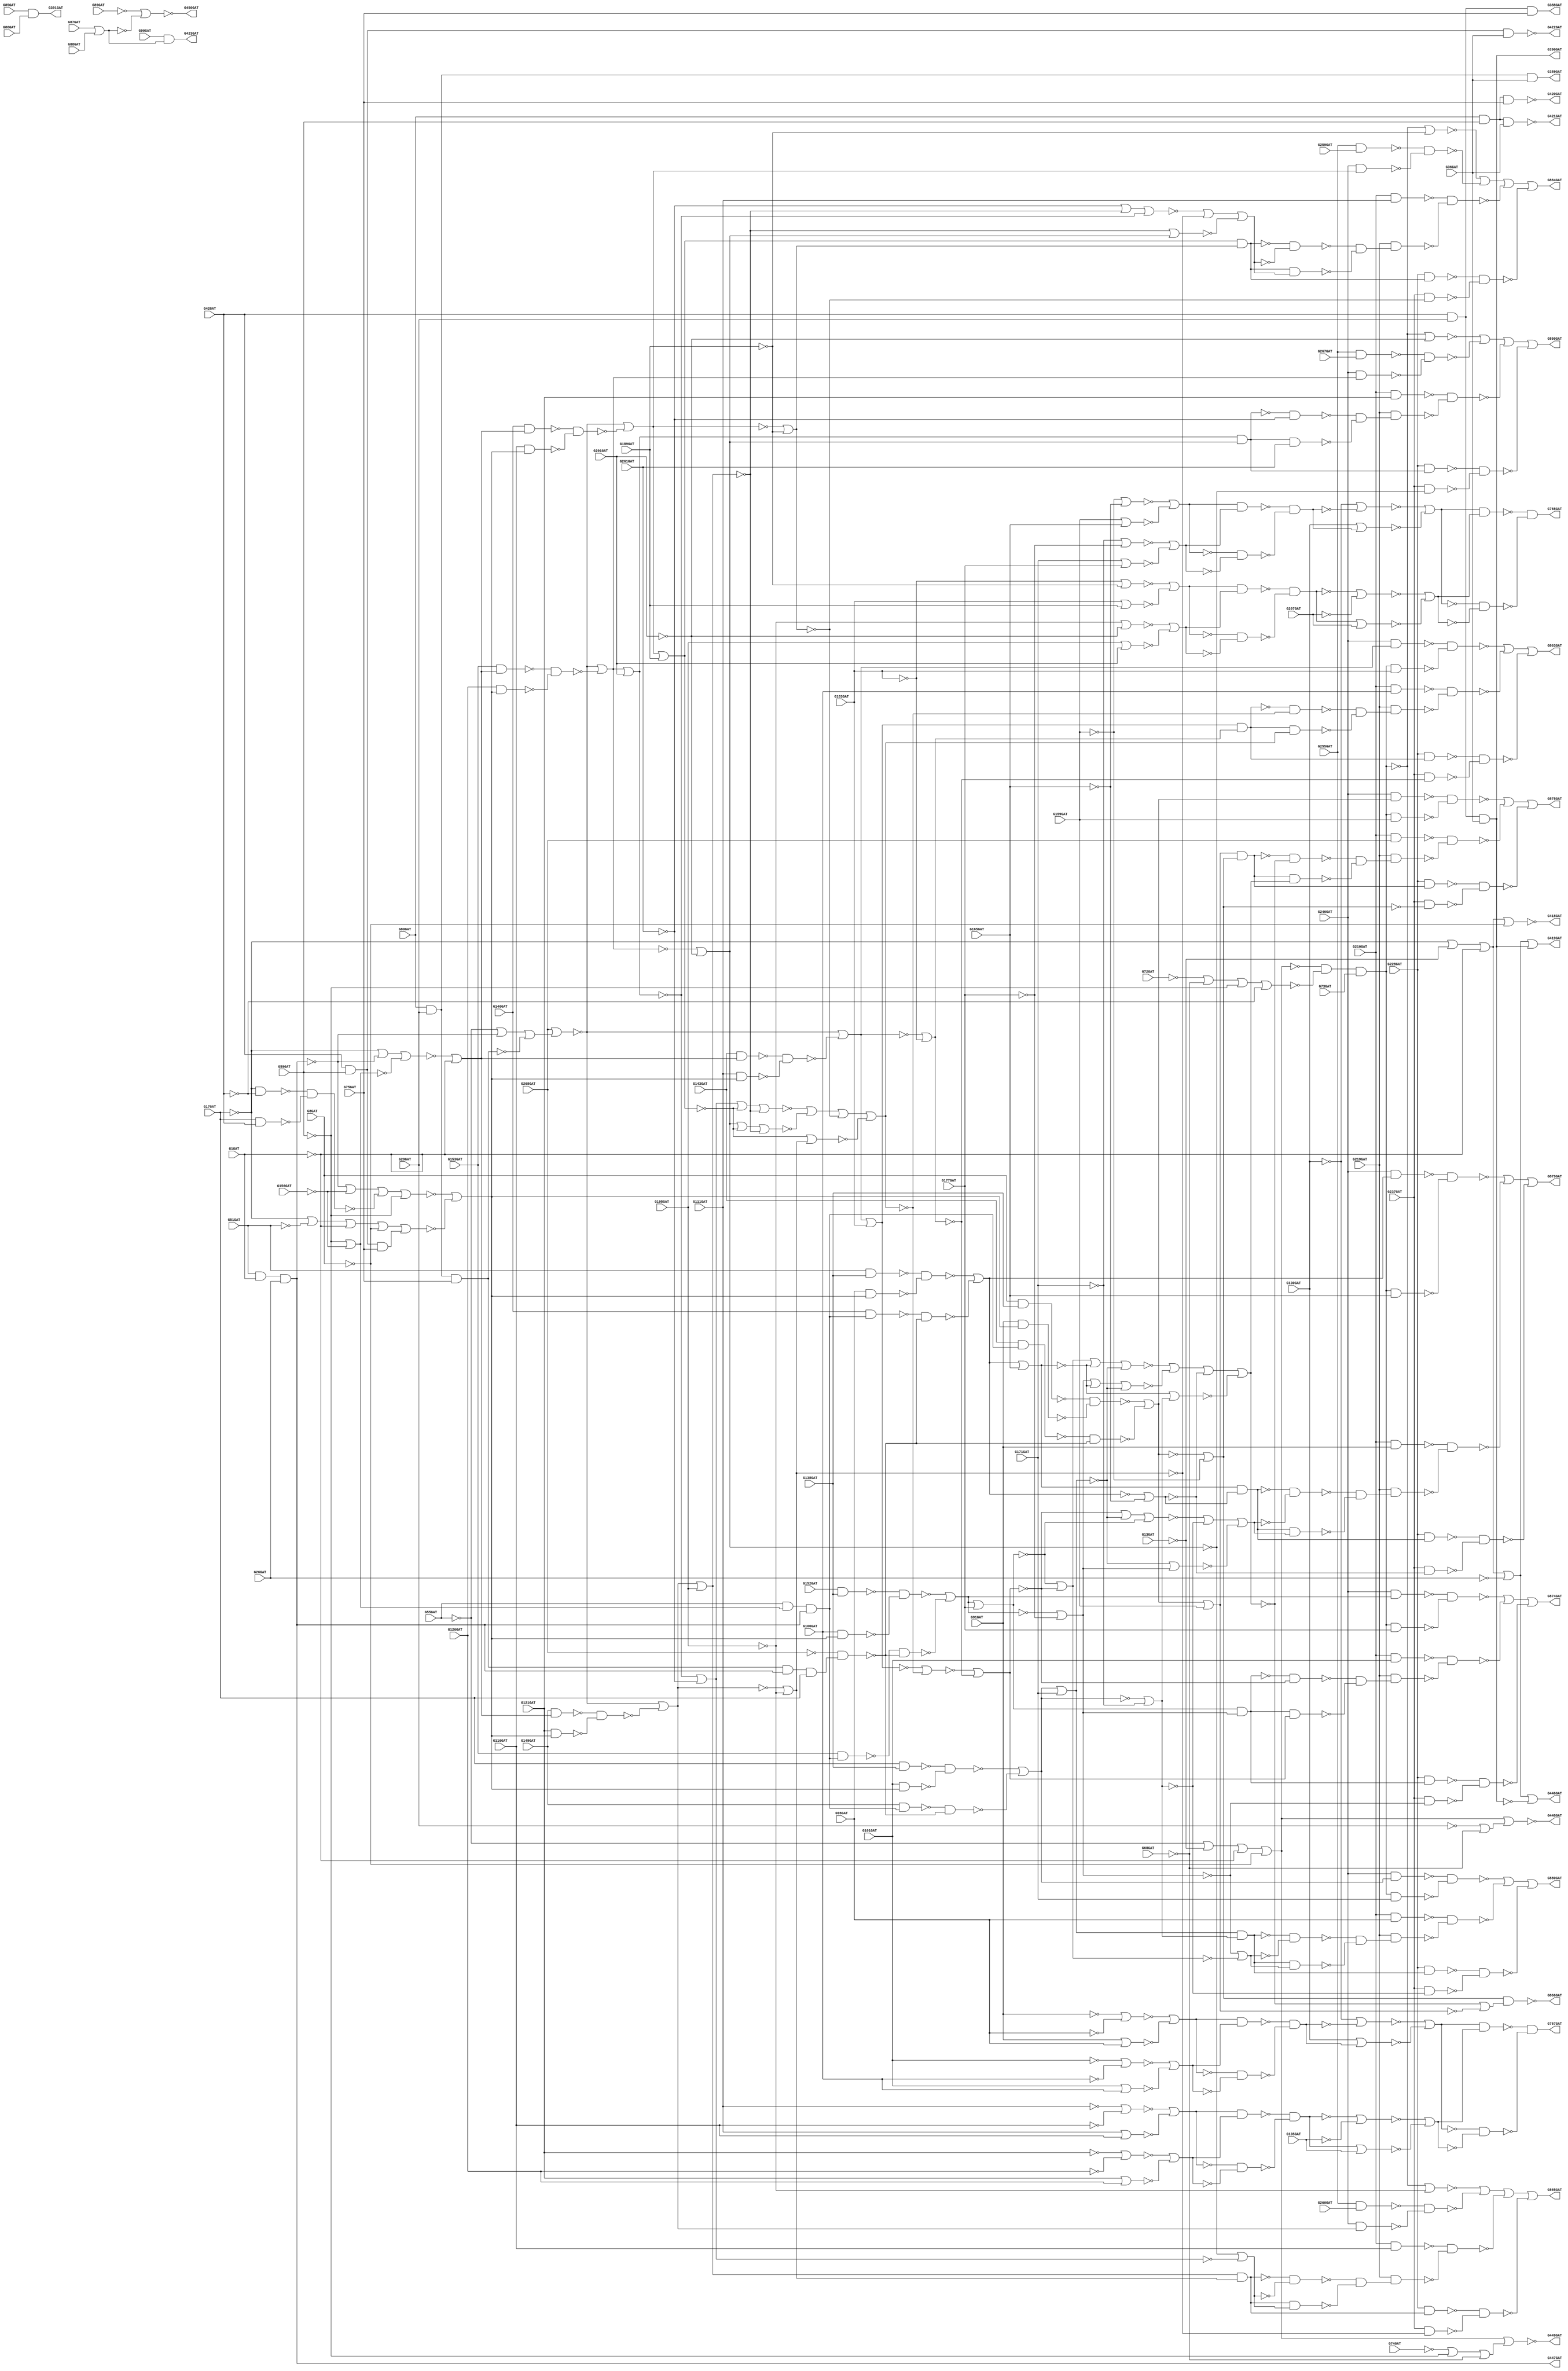
// Benchmark "c880" written by ABC on Thu Mar  5 01:08:09 2020

module c880 ( 
    G1GAT, G8GAT, G13GAT, G17GAT, G26GAT, G29GAT, G36GAT, G42GAT, G51GAT,
    G55GAT, G59GAT, G68GAT, G72GAT, G73GAT, G74GAT, G75GAT, G80GAT, G85GAT,
    G86GAT, G87GAT, G88GAT, G89GAT, G90GAT, G91GAT, G96GAT, G101GAT,
    G106GAT, G111GAT, G116GAT, G121GAT, G126GAT, G130GAT, G135GAT, G138GAT,
    G143GAT, G146GAT, G149GAT, G152GAT, G153GAT, G156GAT, G159GAT, G165GAT,
    G171GAT, G177GAT, G183GAT, G189GAT, G195GAT, G201GAT, G207GAT, G210GAT,
    G219GAT, G228GAT, G237GAT, G246GAT, G255GAT, G259GAT, G260GAT, G261GAT,
    G267GAT, G268GAT,
    G388GAT, G389GAT, G390GAT, G391GAT, G418GAT, G419GAT, G420GAT, G421GAT,
    G422GAT, G423GAT, G446GAT, G447GAT, G448GAT, G449GAT, G450GAT, G767GAT,
    G768GAT, G850GAT, G863GAT, G864GAT, G865GAT, G866GAT, G874GAT, G878GAT,
    G879GAT, G880GAT  );
  input  G1GAT, G8GAT, G13GAT, G17GAT, G26GAT, G29GAT, G36GAT, G42GAT,
    G51GAT, G55GAT, G59GAT, G68GAT, G72GAT, G73GAT, G74GAT, G75GAT, G80GAT,
    G85GAT, G86GAT, G87GAT, G88GAT, G89GAT, G90GAT, G91GAT, G96GAT,
    G101GAT, G106GAT, G111GAT, G116GAT, G121GAT, G126GAT, G130GAT, G135GAT,
    G138GAT, G143GAT, G146GAT, G149GAT, G152GAT, G153GAT, G156GAT, G159GAT,
    G165GAT, G171GAT, G177GAT, G183GAT, G189GAT, G195GAT, G201GAT, G207GAT,
    G210GAT, G219GAT, G228GAT, G237GAT, G246GAT, G255GAT, G259GAT, G260GAT,
    G261GAT, G267GAT, G268GAT;
  output G388GAT, G389GAT, G390GAT, G391GAT, G418GAT, G419GAT, G420GAT,
    G421GAT, G422GAT, G423GAT, G446GAT, G447GAT, G448GAT, G449GAT, G450GAT,
    G767GAT, G768GAT, G850GAT, G863GAT, G864GAT, G865GAT, G866GAT, G874GAT,
    G878GAT, G879GAT, G880GAT;
  wire G269GAT, G270GAT, G273GAT, G276GAT, G279GAT, G280GAT, G284GAT,
    G285GAT, G286GAT, G287GAT, G290GAT, G291GAT, G292GAT, G293GAT, G294GAT,
    G295GAT, G296GAT, G297GAT, G298GAT, G301GAT, G302GAT, G303GAT, G304GAT,
    G305GAT, G306GAT, G307GAT, G308GAT, G309GAT, G310GAT, G316GAT, G317GAT,
    G318GAT, G319GAT, G322GAT, G323GAT, G324GAT, G325GAT, G326GAT, G327GAT,
    G328GAT, G329GAT, G330GAT, G331GAT, G332GAT, G333GAT, G334GAT, G335GAT,
    G336GAT, G337GAT, G338GAT, G339GAT, G340GAT, G341GAT, G342GAT, G343GAT,
    G344GAT, G345GAT, G346GAT, G347GAT, G348GAT, G349GAT, G350GAT, G351GAT,
    G352GAT, G353GAT, G354GAT, G355GAT, G356GAT, G357GAT, G360GAT, G363GAT,
    G366GAT, G369GAT, G375GAT, G376GAT, G379GAT, G382GAT, G385GAT, G392GAT,
    G393GAT, G399GAT, G400GAT, G401GAT, G402GAT, G403GAT, G404GAT, G405GAT,
    G406GAT, G407GAT, G408GAT, G409GAT, G410GAT, G411GAT, G412GAT, G413GAT,
    G414GAT, G415GAT, G416GAT, G417GAT, G424GAT, G425GAT, G426GAT, G427GAT,
    G432GAT, G437GAT, G442GAT, G443GAT, G444GAT, G445GAT, G451GAT, G460GAT,
    G463GAT, G466GAT, G475GAT, G476GAT, G477GAT, G478GAT, G479GAT, G480GAT,
    G481GAT, G482GAT, G483GAT, G488GAT, G489GAT, G490GAT, G491GAT, G492GAT,
    G495GAT, G498GAT, G499GAT, G500GAT, G501GAT, G502GAT, G503GAT, G504GAT,
    G505GAT, G506GAT, G507GAT, G508GAT, G509GAT, G510GAT, G511GAT, G512GAT,
    G513GAT, G514GAT, G515GAT, G516GAT, G517GAT, G518GAT, G519GAT, G520GAT,
    G521GAT, G522GAT, G523GAT, G524GAT, G525GAT, G526GAT, G527GAT, G528GAT,
    G529GAT, G530GAT, G533GAT, G536GAT, G537GAT, G538GAT, G539GAT, G540GAT,
    G541GAT, G542GAT, G543GAT, G544GAT, G547GAT, G550GAT, G551GAT, G552GAT,
    G553GAT, G557GAT, G561GAT, G565GAT, G569GAT, G573GAT, G577GAT, G581GAT,
    G585GAT, G586GAT, G587GAT, G588GAT, G589GAT, G590GAT, G593GAT, G596GAT,
    G597GAT, G600GAT, G605GAT, G606GAT, G609GAT, G615GAT, G616GAT, G619GAT,
    G624GAT, G625GAT, G628GAT, G631GAT, G632GAT, G635GAT, G640GAT, G641GAT,
    G644GAT, G650GAT, G651GAT, G654GAT, G659GAT, G660GAT, G661GAT, G662GAT,
    G665GAT, G669GAT, G670GAT, G673GAT, G677GAT, G678GAT, G682GAT, G686GAT,
    G687GAT, G692GAT, G696GAT, G697GAT, G700GAT, G704GAT, G705GAT, G708GAT,
    G712GAT, G713GAT, G717GAT, G721GAT, G722GAT, G727GAT, G731GAT, G732GAT,
    G733GAT, G734GAT, G735GAT, G736GAT, G737GAT, G738GAT, G739GAT, G740GAT,
    G741GAT, G742GAT, G743GAT, G744GAT, G745GAT, G746GAT, G747GAT, G748GAT,
    G749GAT, G750GAT, G751GAT, G752GAT, G753GAT, G754GAT, G755GAT, G756GAT,
    G757GAT, G758GAT, G759GAT, G760GAT, G761GAT, G762GAT, G763GAT, G764GAT,
    G765GAT, G766GAT, G769GAT, G770GAT, G771GAT, G772GAT, G773GAT, G777GAT,
    G778GAT, G781GAT, G782GAT, G785GAT, G786GAT, G787GAT, G788GAT, G789GAT,
    G790GAT, G791GAT, G792GAT, G793GAT, G794GAT, G795GAT, G796GAT, G802GAT,
    G803GAT, G804GAT, G805GAT, G806GAT, G807GAT, G808GAT, G809GAT, G810GAT,
    G811GAT, G812GAT, G813GAT, G814GAT, G815GAT, G819GAT, G822GAT, G825GAT,
    G826GAT, G827GAT, G828GAT, G829GAT, G830GAT, G831GAT, G832GAT, G833GAT,
    G834GAT, G835GAT, G836GAT, G837GAT, G838GAT, G839GAT, G840GAT, G841GAT,
    G842GAT, G843GAT, G844GAT, G845GAT, G846GAT, G847GAT, G848GAT, G849GAT,
    G851GAT, G852GAT, G853GAT, G854GAT, G855GAT, G856GAT, G857GAT, G858GAT,
    G859GAT, G860GAT, G861GAT, G862GAT, G867GAT, G868GAT, G869GAT, G870GAT,
    G871GAT, G872GAT, G873GAT, G875GAT, G876GAT, G877GAT;
  assign G269GAT = ~G17GAT | ~G13GAT | ~G1GAT | ~G8GAT;
  assign G270GAT = ~G17GAT | ~G13GAT | ~G1GAT | ~G26GAT;
  assign G273GAT = G42GAT & G29GAT & G36GAT;
  assign G276GAT = G51GAT & G1GAT & G26GAT;
  assign G279GAT = ~G17GAT | ~G51GAT | ~G1GAT | ~G8GAT;
  assign G280GAT = ~G55GAT | ~G13GAT | ~G1GAT | ~G8GAT;
  assign G284GAT = ~G72GAT | ~G68GAT | ~G59GAT | ~G42GAT;
  assign G285GAT = ~G29GAT | ~G68GAT;
  assign G286GAT = ~G74GAT | ~G59GAT | ~G68GAT;
  assign G287GAT = G80GAT & G29GAT & G75GAT;
  assign G290GAT = G42GAT & G29GAT & G75GAT;
  assign G291GAT = G80GAT & G29GAT & G36GAT;
  assign G292GAT = G42GAT & G29GAT & G36GAT;
  assign G293GAT = G80GAT & G59GAT & G75GAT;
  assign G294GAT = G42GAT & G59GAT & G75GAT;
  assign G295GAT = G80GAT & G59GAT & G36GAT;
  assign G296GAT = G42GAT & G59GAT & G36GAT;
  assign G297GAT = G85GAT & G86GAT;
  assign G298GAT = G87GAT | G88GAT;
  assign G301GAT = ~G91GAT | ~G96GAT;
  assign G302GAT = G91GAT | G96GAT;
  assign G303GAT = ~G101GAT | ~G106GAT;
  assign G304GAT = G101GAT | G106GAT;
  assign G305GAT = ~G111GAT | ~G116GAT;
  assign G306GAT = G111GAT | G116GAT;
  assign G307GAT = ~G121GAT | ~G126GAT;
  assign G308GAT = G121GAT | G126GAT;
  assign G309GAT = G8GAT & G138GAT;
  assign G310GAT = ~G268GAT;
  assign G316GAT = G51GAT & G138GAT;
  assign G317GAT = G17GAT & G138GAT;
  assign G318GAT = G152GAT & G138GAT;
  assign G319GAT = ~G59GAT | ~G156GAT;
  assign G322GAT = ~G17GAT & ~G42GAT;
  assign G323GAT = G17GAT & G42GAT;
  assign G324GAT = ~G159GAT | ~G165GAT;
  assign G325GAT = G159GAT | G165GAT;
  assign G326GAT = ~G171GAT | ~G177GAT;
  assign G327GAT = G171GAT | G177GAT;
  assign G328GAT = ~G183GAT | ~G189GAT;
  assign G329GAT = G183GAT | G189GAT;
  assign G330GAT = ~G195GAT | ~G201GAT;
  assign G331GAT = G195GAT | G201GAT;
  assign G332GAT = G210GAT & G91GAT;
  assign G333GAT = G210GAT & G96GAT;
  assign G334GAT = G210GAT & G101GAT;
  assign G335GAT = G210GAT & G106GAT;
  assign G336GAT = G210GAT & G111GAT;
  assign G337GAT = G255GAT & G259GAT;
  assign G338GAT = G210GAT & G116GAT;
  assign G339GAT = G255GAT & G260GAT;
  assign G340GAT = G210GAT & G121GAT;
  assign G341GAT = G255GAT & G267GAT;
  assign G342GAT = ~G269GAT;
  assign G343GAT = ~G273GAT;
  assign G344GAT = G270GAT | G273GAT;
  assign G345GAT = ~G276GAT;
  assign G346GAT = ~G276GAT;
  assign G347GAT = ~G279GAT;
  assign G348GAT = ~G280GAT & ~G284GAT;
  assign G349GAT = G280GAT | G285GAT;
  assign G350GAT = G280GAT | G286GAT;
  assign G351GAT = ~G293GAT;
  assign G352GAT = ~G294GAT;
  assign G353GAT = ~G295GAT;
  assign G354GAT = ~G296GAT;
  assign G355GAT = ~G89GAT | ~G298GAT;
  assign G356GAT = G90GAT & G298GAT;
  assign G357GAT = ~G301GAT | ~G302GAT;
  assign G360GAT = ~G303GAT | ~G304GAT;
  assign G363GAT = ~G305GAT | ~G306GAT;
  assign G366GAT = ~G307GAT | ~G308GAT;
  assign G369GAT = ~G310GAT;
  assign G375GAT = ~G322GAT & ~G323GAT;
  assign G376GAT = ~G324GAT | ~G325GAT;
  assign G379GAT = ~G326GAT | ~G327GAT;
  assign G382GAT = ~G328GAT | ~G329GAT;
  assign G385GAT = ~G330GAT | ~G331GAT;
  assign G388GAT = G290GAT;
  assign G389GAT = G291GAT;
  assign G390GAT = G292GAT;
  assign G391GAT = G297GAT;
  assign G392GAT = G270GAT | G343GAT;
  assign G393GAT = ~G345GAT;
  assign G399GAT = ~G346GAT;
  assign G400GAT = G348GAT & G73GAT;
  assign G401GAT = ~G349GAT;
  assign G402GAT = ~G350GAT;
  assign G403GAT = ~G355GAT;
  assign G404GAT = ~G357GAT;
  assign G405GAT = ~G360GAT;
  assign G406GAT = G357GAT & G360GAT;
  assign G407GAT = ~G363GAT;
  assign G408GAT = ~G366GAT;
  assign G409GAT = G363GAT & G366GAT;
  assign G410GAT = ~G347GAT | ~G352GAT;
  assign G411GAT = ~G376GAT;
  assign G412GAT = ~G379GAT;
  assign G413GAT = G376GAT & G379GAT;
  assign G414GAT = ~G382GAT;
  assign G415GAT = ~G385GAT;
  assign G416GAT = G382GAT & G385GAT;
  assign G417GAT = G210GAT & G369GAT;
  assign G418GAT = G342GAT;
  assign G419GAT = G344GAT;
  assign G420GAT = G351GAT;
  assign G421GAT = G353GAT;
  assign G422GAT = G354GAT;
  assign G423GAT = G356GAT;
  assign G424GAT = ~G400GAT;
  assign G425GAT = G404GAT & G405GAT;
  assign G426GAT = G407GAT & G408GAT;
  assign G427GAT = G55GAT & G319GAT & G393GAT;
  assign G432GAT = G287GAT & G393GAT & G17GAT;
  assign G437GAT = ~G55GAT | ~G393GAT | ~G287GAT;
  assign G442GAT = ~G393GAT | ~G156GAT | ~G375GAT | ~G59GAT;
  assign G443GAT = ~G17GAT | ~G393GAT | ~G319GAT;
  assign G444GAT = G411GAT & G412GAT;
  assign G445GAT = G414GAT & G415GAT;
  assign G446GAT = G392GAT;
  assign G447GAT = G399GAT;
  assign G448GAT = G401GAT;
  assign G449GAT = G402GAT;
  assign G450GAT = G403GAT;
  assign G451GAT = ~G424GAT;
  assign G460GAT = ~G406GAT & ~G425GAT;
  assign G463GAT = ~G409GAT & ~G426GAT;
  assign G466GAT = ~G442GAT | ~G410GAT;
  assign G475GAT = G143GAT & G427GAT;
  assign G476GAT = G310GAT & G432GAT;
  assign G477GAT = G146GAT & G427GAT;
  assign G478GAT = G310GAT & G432GAT;
  assign G479GAT = G149GAT & G427GAT;
  assign G480GAT = G310GAT & G432GAT;
  assign G481GAT = G153GAT & G427GAT;
  assign G482GAT = G310GAT & G432GAT;
  assign G483GAT = ~G443GAT | ~G1GAT;
  assign G488GAT = G369GAT | G437GAT;
  assign G489GAT = G369GAT | G437GAT;
  assign G490GAT = G369GAT | G437GAT;
  assign G491GAT = G369GAT | G437GAT;
  assign G492GAT = ~G413GAT & ~G444GAT;
  assign G495GAT = ~G416GAT & ~G445GAT;
  assign G498GAT = ~G130GAT | ~G460GAT;
  assign G499GAT = G130GAT | G460GAT;
  assign G500GAT = ~G463GAT | ~G135GAT;
  assign G501GAT = G463GAT | G135GAT;
  assign G502GAT = G91GAT & G466GAT;
  assign G503GAT = ~G475GAT & ~G476GAT;
  assign G504GAT = G96GAT & G466GAT;
  assign G505GAT = ~G477GAT & ~G478GAT;
  assign G506GAT = G101GAT & G466GAT;
  assign G507GAT = ~G479GAT & ~G480GAT;
  assign G508GAT = G106GAT & G466GAT;
  assign G509GAT = ~G481GAT & ~G482GAT;
  assign G510GAT = G143GAT & G483GAT;
  assign G511GAT = G111GAT & G466GAT;
  assign G512GAT = G146GAT & G483GAT;
  assign G513GAT = G116GAT & G466GAT;
  assign G514GAT = G149GAT & G483GAT;
  assign G515GAT = G121GAT & G466GAT;
  assign G516GAT = G153GAT & G483GAT;
  assign G517GAT = G126GAT & G466GAT;
  assign G518GAT = ~G130GAT | ~G492GAT;
  assign G519GAT = G130GAT | G492GAT;
  assign G520GAT = ~G495GAT | ~G207GAT;
  assign G521GAT = G495GAT | G207GAT;
  assign G522GAT = G451GAT & G159GAT;
  assign G523GAT = G451GAT & G165GAT;
  assign G524GAT = G451GAT & G171GAT;
  assign G525GAT = G451GAT & G177GAT;
  assign G526GAT = G451GAT & G183GAT;
  assign G527GAT = ~G451GAT | ~G189GAT;
  assign G528GAT = ~G451GAT | ~G195GAT;
  assign G529GAT = ~G451GAT | ~G201GAT;
  assign G530GAT = ~G498GAT | ~G499GAT;
  assign G533GAT = ~G500GAT | ~G501GAT;
  assign G536GAT = ~G309GAT & ~G502GAT;
  assign G537GAT = ~G316GAT & ~G504GAT;
  assign G538GAT = ~G317GAT & ~G506GAT;
  assign G539GAT = ~G318GAT & ~G508GAT;
  assign G540GAT = ~G510GAT & ~G511GAT;
  assign G541GAT = ~G512GAT & ~G513GAT;
  assign G542GAT = ~G514GAT & ~G515GAT;
  assign G543GAT = ~G516GAT & ~G517GAT;
  assign G544GAT = ~G518GAT | ~G519GAT;
  assign G547GAT = ~G520GAT | ~G521GAT;
  assign G550GAT = ~G530GAT;
  assign G551GAT = ~G533GAT;
  assign G552GAT = G530GAT & G533GAT;
  assign G553GAT = ~G536GAT | ~G503GAT;
  assign G557GAT = ~G537GAT | ~G505GAT;
  assign G561GAT = ~G538GAT | ~G507GAT;
  assign G565GAT = ~G539GAT | ~G509GAT;
  assign G569GAT = ~G488GAT | ~G540GAT;
  assign G573GAT = ~G489GAT | ~G541GAT;
  assign G577GAT = ~G490GAT | ~G542GAT;
  assign G581GAT = ~G491GAT | ~G543GAT;
  assign G585GAT = ~G544GAT;
  assign G586GAT = ~G547GAT;
  assign G587GAT = G544GAT & G547GAT;
  assign G588GAT = G550GAT & G551GAT;
  assign G589GAT = G585GAT & G586GAT;
  assign G590GAT = ~G553GAT | ~G159GAT;
  assign G593GAT = G553GAT | G159GAT;
  assign G596GAT = G246GAT & G553GAT;
  assign G597GAT = ~G557GAT | ~G165GAT;
  assign G600GAT = G557GAT | G165GAT;
  assign G605GAT = G246GAT & G557GAT;
  assign G606GAT = ~G561GAT | ~G171GAT;
  assign G609GAT = G561GAT | G171GAT;
  assign G615GAT = G246GAT & G561GAT;
  assign G616GAT = ~G565GAT | ~G177GAT;
  assign G619GAT = G565GAT | G177GAT;
  assign G624GAT = G246GAT & G565GAT;
  assign G625GAT = ~G569GAT | ~G183GAT;
  assign G628GAT = G569GAT | G183GAT;
  assign G631GAT = G246GAT & G569GAT;
  assign G632GAT = ~G573GAT | ~G189GAT;
  assign G635GAT = G573GAT | G189GAT;
  assign G640GAT = G246GAT & G573GAT;
  assign G641GAT = ~G577GAT | ~G195GAT;
  assign G644GAT = G577GAT | G195GAT;
  assign G650GAT = G246GAT & G577GAT;
  assign G651GAT = ~G581GAT | ~G201GAT;
  assign G654GAT = G581GAT | G201GAT;
  assign G659GAT = G246GAT & G581GAT;
  assign G660GAT = ~G552GAT & ~G588GAT;
  assign G661GAT = ~G587GAT & ~G589GAT;
  assign G662GAT = ~G590GAT;
  assign G665GAT = G593GAT & G590GAT;
  assign G669GAT = ~G596GAT & ~G522GAT;
  assign G670GAT = ~G597GAT;
  assign G673GAT = G600GAT & G597GAT;
  assign G677GAT = ~G605GAT & ~G523GAT;
  assign G678GAT = ~G606GAT;
  assign G682GAT = G609GAT & G606GAT;
  assign G686GAT = ~G615GAT & ~G524GAT;
  assign G687GAT = ~G616GAT;
  assign G692GAT = G619GAT & G616GAT;
  assign G696GAT = ~G624GAT & ~G525GAT;
  assign G697GAT = ~G625GAT;
  assign G700GAT = G628GAT & G625GAT;
  assign G704GAT = ~G631GAT & ~G526GAT;
  assign G705GAT = ~G632GAT;
  assign G708GAT = G635GAT & G632GAT;
  assign G712GAT = ~G337GAT & ~G640GAT;
  assign G713GAT = ~G641GAT;
  assign G717GAT = G644GAT & G641GAT;
  assign G721GAT = ~G339GAT & ~G650GAT;
  assign G722GAT = ~G651GAT;
  assign G727GAT = G654GAT & G651GAT;
  assign G731GAT = ~G341GAT & ~G659GAT;
  assign G732GAT = ~G654GAT | ~G261GAT;
  assign G733GAT = ~G261GAT | ~G644GAT | ~G654GAT;
  assign G734GAT = ~G261GAT | ~G654GAT | ~G635GAT | ~G644GAT;
  assign G735GAT = ~G662GAT;
  assign G736GAT = G228GAT & G665GAT;
  assign G737GAT = G237GAT & G662GAT;
  assign G738GAT = ~G670GAT;
  assign G739GAT = G228GAT & G673GAT;
  assign G740GAT = G237GAT & G670GAT;
  assign G741GAT = ~G678GAT;
  assign G742GAT = G228GAT & G682GAT;
  assign G743GAT = G237GAT & G678GAT;
  assign G744GAT = ~G687GAT;
  assign G745GAT = G228GAT & G692GAT;
  assign G746GAT = G237GAT & G687GAT;
  assign G747GAT = ~G697GAT;
  assign G748GAT = G228GAT & G700GAT;
  assign G749GAT = G237GAT & G697GAT;
  assign G750GAT = ~G705GAT;
  assign G751GAT = G228GAT & G708GAT;
  assign G752GAT = G237GAT & G705GAT;
  assign G753GAT = ~G713GAT;
  assign G754GAT = G228GAT & G717GAT;
  assign G755GAT = G237GAT & G713GAT;
  assign G756GAT = ~G722GAT;
  assign G757GAT = ~G727GAT & ~G261GAT;
  assign G758GAT = G727GAT & G261GAT;
  assign G759GAT = G228GAT & G727GAT;
  assign G760GAT = G237GAT & G722GAT;
  assign G761GAT = ~G644GAT | ~G722GAT;
  assign G762GAT = ~G635GAT | ~G713GAT;
  assign G763GAT = ~G722GAT | ~G635GAT | ~G644GAT;
  assign G764GAT = ~G609GAT | ~G687GAT;
  assign G765GAT = ~G600GAT | ~G678GAT;
  assign G766GAT = ~G687GAT | ~G600GAT | ~G609GAT;
  assign G767GAT = G660GAT;
  assign G768GAT = G661GAT;
  assign G769GAT = ~G736GAT & ~G737GAT;
  assign G770GAT = ~G739GAT & ~G740GAT;
  assign G771GAT = ~G742GAT & ~G743GAT;
  assign G772GAT = ~G745GAT & ~G746GAT;
  assign G773GAT = ~G734GAT | ~G763GAT | ~G750GAT | ~G762GAT;
  assign G777GAT = ~G748GAT & ~G749GAT;
  assign G778GAT = ~G733GAT | ~G753GAT | ~G761GAT;
  assign G781GAT = ~G751GAT & ~G752GAT;
  assign G782GAT = ~G756GAT | ~G732GAT;
  assign G785GAT = ~G754GAT & ~G755GAT;
  assign G786GAT = ~G757GAT & ~G758GAT;
  assign G787GAT = ~G759GAT & ~G760GAT;
  assign G788GAT = ~G700GAT & ~G773GAT;
  assign G789GAT = G700GAT & G773GAT;
  assign G790GAT = ~G708GAT & ~G778GAT;
  assign G791GAT = G708GAT & G778GAT;
  assign G792GAT = ~G717GAT & ~G782GAT;
  assign G793GAT = G717GAT & G782GAT;
  assign G794GAT = G219GAT & G786GAT;
  assign G795GAT = ~G628GAT | ~G773GAT;
  assign G796GAT = ~G795GAT | ~G747GAT;
  assign G802GAT = ~G788GAT & ~G789GAT;
  assign G803GAT = ~G790GAT & ~G791GAT;
  assign G804GAT = ~G792GAT & ~G793GAT;
  assign G805GAT = ~G340GAT & ~G794GAT;
  assign G806GAT = ~G692GAT & ~G796GAT;
  assign G807GAT = G692GAT & G796GAT;
  assign G808GAT = G219GAT & G802GAT;
  assign G809GAT = G219GAT & G803GAT;
  assign G810GAT = G219GAT & G804GAT;
  assign G811GAT = ~G529GAT | ~G731GAT | ~G805GAT | ~G787GAT;
  assign G812GAT = ~G619GAT | ~G796GAT;
  assign G813GAT = ~G796GAT | ~G609GAT | ~G619GAT;
  assign G814GAT = ~G796GAT | ~G619GAT | ~G600GAT | ~G609GAT;
  assign G815GAT = ~G814GAT | ~G766GAT | ~G738GAT | ~G765GAT;
  assign G819GAT = ~G813GAT | ~G741GAT | ~G764GAT;
  assign G822GAT = ~G744GAT | ~G812GAT;
  assign G825GAT = ~G806GAT & ~G807GAT;
  assign G826GAT = ~G335GAT & ~G808GAT;
  assign G827GAT = ~G336GAT & ~G809GAT;
  assign G828GAT = ~G338GAT & ~G810GAT;
  assign G829GAT = ~G811GAT;
  assign G830GAT = ~G665GAT & ~G815GAT;
  assign G831GAT = G665GAT & G815GAT;
  assign G832GAT = ~G673GAT & ~G819GAT;
  assign G833GAT = G673GAT & G819GAT;
  assign G834GAT = ~G682GAT & ~G822GAT;
  assign G835GAT = G682GAT & G822GAT;
  assign G836GAT = G219GAT & G825GAT;
  assign G837GAT = ~G704GAT | ~G826GAT | ~G777GAT;
  assign G838GAT = ~G527GAT | ~G712GAT | ~G827GAT | ~G781GAT;
  assign G839GAT = ~G528GAT | ~G721GAT | ~G828GAT | ~G785GAT;
  assign G840GAT = ~G829GAT;
  assign G841GAT = ~G815GAT | ~G593GAT;
  assign G842GAT = ~G830GAT & ~G831GAT;
  assign G843GAT = ~G832GAT & ~G833GAT;
  assign G844GAT = ~G834GAT & ~G835GAT;
  assign G845GAT = ~G334GAT & ~G836GAT;
  assign G846GAT = ~G837GAT;
  assign G847GAT = ~G838GAT;
  assign G848GAT = ~G839GAT;
  assign G849GAT = G735GAT & G841GAT;
  assign G850GAT = G840GAT;
  assign G851GAT = G219GAT & G842GAT;
  assign G852GAT = G219GAT & G843GAT;
  assign G853GAT = G219GAT & G844GAT;
  assign G854GAT = ~G696GAT | ~G845GAT | ~G772GAT;
  assign G855GAT = ~G846GAT;
  assign G856GAT = ~G847GAT;
  assign G857GAT = ~G848GAT;
  assign G858GAT = ~G849GAT;
  assign G859GAT = ~G417GAT & ~G851GAT;
  assign G860GAT = ~G332GAT & ~G852GAT;
  assign G861GAT = ~G333GAT & ~G853GAT;
  assign G862GAT = ~G854GAT;
  assign G863GAT = G855GAT;
  assign G864GAT = G856GAT;
  assign G865GAT = G857GAT;
  assign G866GAT = G858GAT;
  assign G867GAT = ~G669GAT | ~G859GAT | ~G769GAT;
  assign G868GAT = ~G677GAT | ~G860GAT | ~G770GAT;
  assign G869GAT = ~G686GAT | ~G861GAT | ~G771GAT;
  assign G870GAT = ~G862GAT;
  assign G871GAT = ~G867GAT;
  assign G872GAT = ~G868GAT;
  assign G873GAT = ~G869GAT;
  assign G874GAT = G870GAT;
  assign G875GAT = ~G871GAT;
  assign G876GAT = ~G872GAT;
  assign G877GAT = ~G873GAT;
  assign G878GAT = G875GAT;
  assign G879GAT = G876GAT;
  assign G880GAT = G877GAT;
endmodule